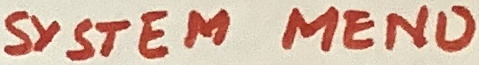
Text: SYSTEM MENU